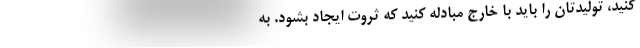
کنید، تولیدتان را باید با خارج مبادله کنید که ثروت ایجاد بشود. به